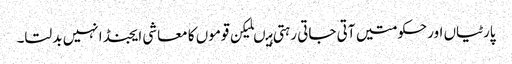
پارٹیاں اورحکومتیں آتی جاتی رہتی ہیںلیکن قوموں کا معاشی ایجنڈا نہیں بدلتا۔